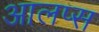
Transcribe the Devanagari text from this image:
आलप्स